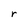
Character: r